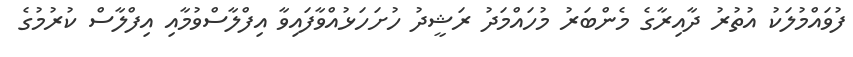
ފުވައްމުލަކު އުތުރު ދާއިރާގެ މެންބަރު މުހައްމަދު ރަޝީދު ހުށަހަޅުއްވާފައިވާ އިފްލާސްވުމާއި އިފްލާސް ކުރުމުގެ